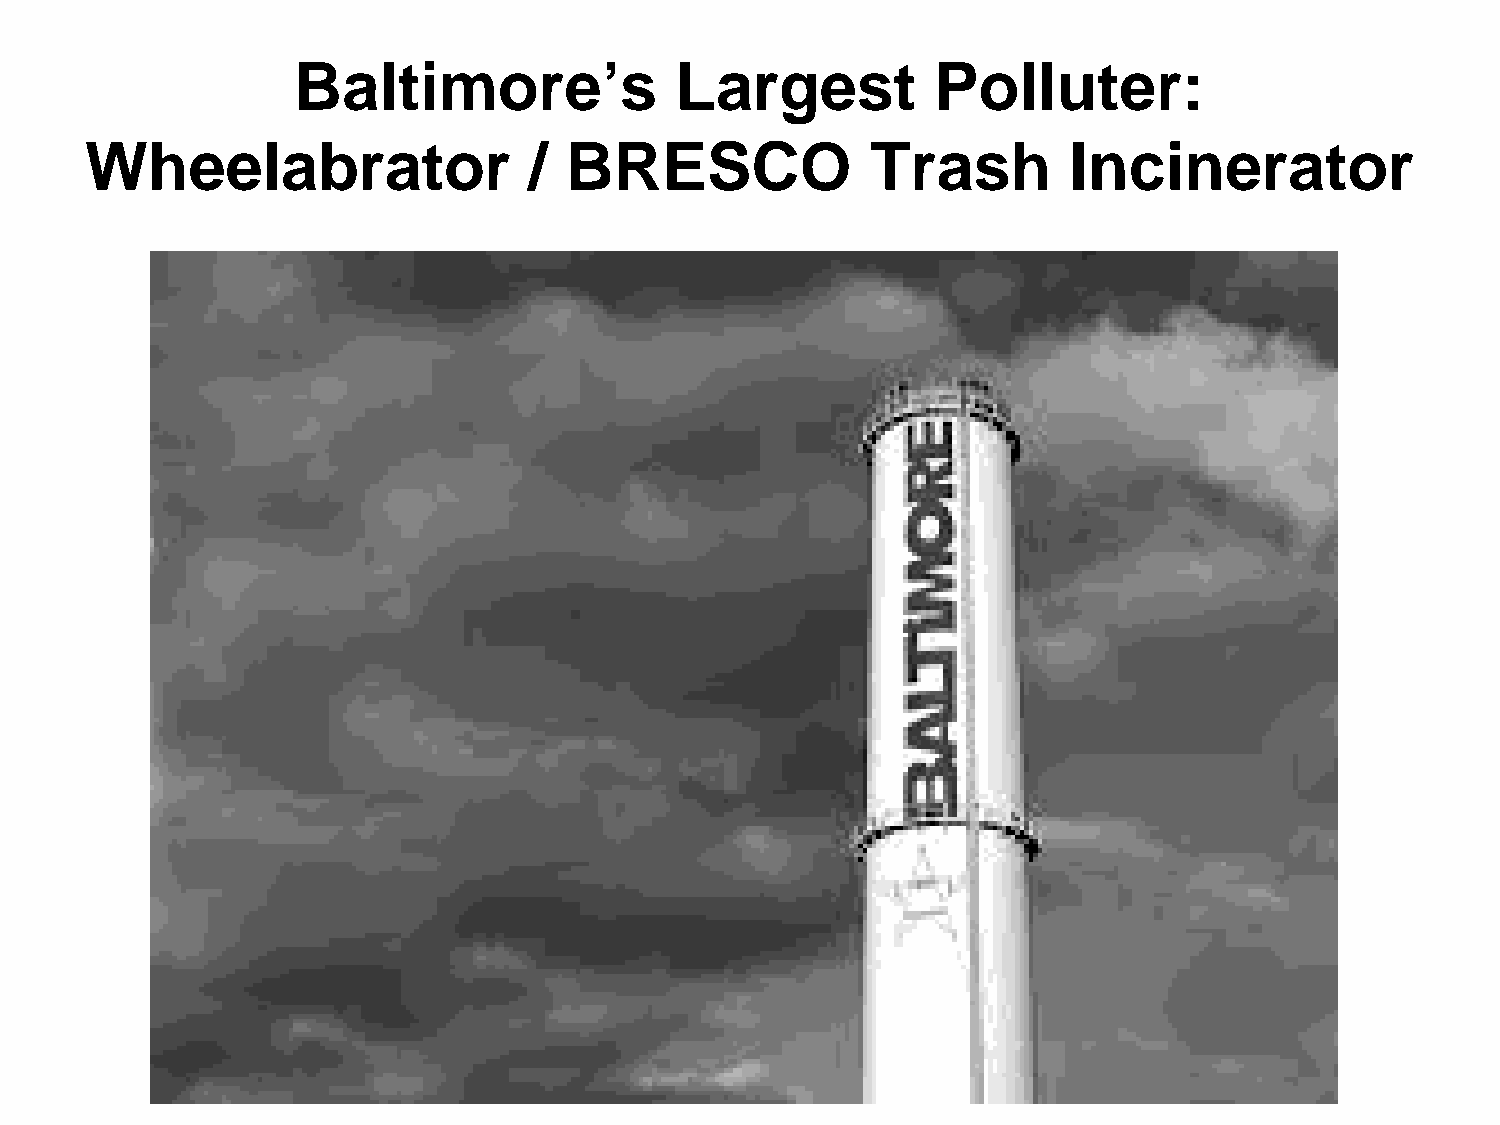
Baltimore’s               Largest          Polluter:
 Wheelabrator                 / BRESCO               Trash        Incinerator